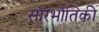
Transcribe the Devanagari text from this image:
सौरभौतिकी